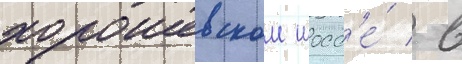
хорошевском шосс'е́ / в